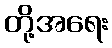
တို့အရေး